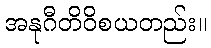
အနုဂီတိဝိစယတည်း။